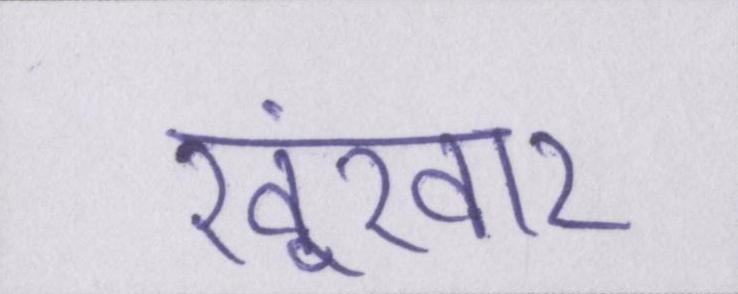
खूंखार